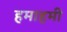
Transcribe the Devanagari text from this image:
हमाहमी